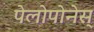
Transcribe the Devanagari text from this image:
पेलोपोनेस्